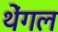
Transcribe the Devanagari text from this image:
थेंगल